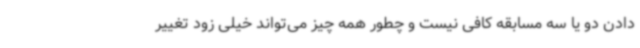
دادن دو یا سه مسابقه کافی نیست و چطور همه چیز می‌تواند خیلی زود تغییر